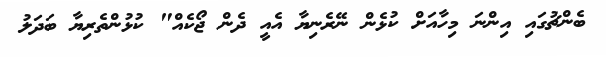
ބެންޗުގައި އިންނަ މިހާއަށް ކުޅެން ނޭރެނިޔާ އެއީ ދެން ޖޯކެއް" ކުޅުންތެރިޔާ ބަދަލު